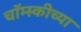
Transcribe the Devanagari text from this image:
चॉम्स्कीच्या